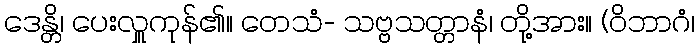
ဒေန္တိ၊ ပေးလှူကုန်၏။ တေသံ- သဗ္ဗသတ္တာနံ၊ တို့အား။ (ဝိဘာဂံ၊